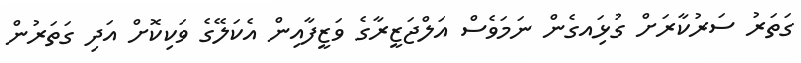
ގަތަރު ސަރުކާރަށް ގުޅަިއގެން ނަމަވެސް އަލްޖަޒީރާގެ ވަޒީފާއިން އެކަލޭގެ ވަކިކޮށް އަދި ގަތަރުން